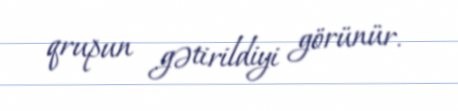
qrupun gətirildiyi görünür.